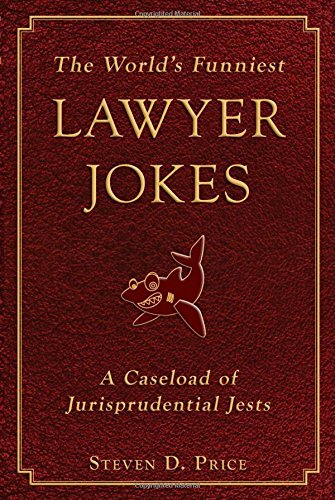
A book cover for The World's Funniest Lawyer Jokes: A Caseload of Jurisprudential Jest; Steven D. Price; Humor & Entertainment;